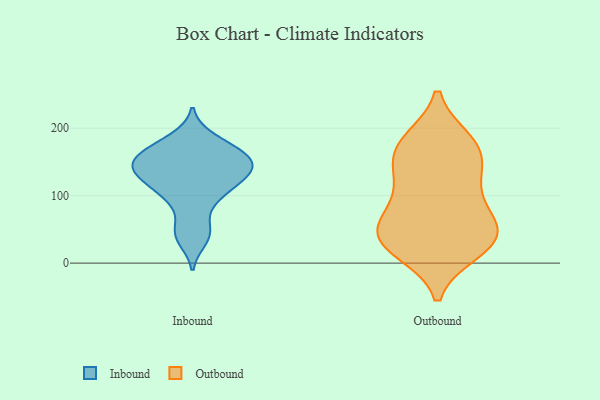
{"axis": {"x": "Temperature (°C)", "y": "Value"}, "legend": ["Inbound", "Outbound"], "data": [{"x": "", "y": 45, "type": "Inbound"}, {"x": "", "y": 123, "type": "Inbound"}, {"x": "", "y": 178, "type": "Inbound"}, {"x": "", "y": 185, "type": "Inbound"}, {"x": "", "y": 149, "type": "Inbound"}, {"x": "", "y": 162, "type": "Inbound"}, {"x": "", "y": 135, "type": "Inbound"}, {"x": "", "y": 151, "type": "Inbound"}, {"x": "", "y": 102, "type": "Inbound"}, {"x": "", "y": 148, "type": "Inbound"}, {"x": "", "y": 88, "type": "Inbound"}, {"x": "", "y": 130, "type": "Inbound"}, {"x": "", "y": 170, "type": "Inbound"}, {"x": "", "y": 123, "type": "Inbound"}, {"x": "", "y": 35, "type": "Inbound"}, {"x": "", "y": 130, "type": "Inbound"}, {"x": "", "y": 49, "type": "Inbound"}, {"x": "", "y": 151, "type": "Inbound"}, {"x": "", "y": 157, "type": "Inbound"}, {"x": "", "y": 102, "type": "Inbound"}, {"x": "", "y": 19, "type": "Outbound"}, {"x": "", "y": 49, "type": "Outbound"}, {"x": "", "y": 60, "type": "Outbound"}, {"x": "", "y": 165, "type": "Outbound"}, {"x": "", "y": 29, "type": "Outbound"}, {"x": "", "y": 132, "type": "Outbound"}, {"x": "", "y": 177, "type": "Outbound"}, {"x": "", "y": 77, "type": "Outbound"}, {"x": "", "y": 28, "type": "Outbound"}, {"x": "", "y": 127, "type": "Outbound"}, {"x": "", "y": 168, "type": "Outbound"}, {"x": "", "y": 180, "type": "Outbound"}, {"x": "", "y": 101, "type": "Outbound"}, {"x": "", "y": 41, "type": "Outbound"}, {"x": "", "y": 39, "type": "Outbound"}]}